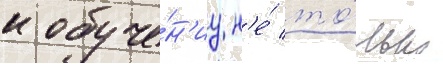
к обуче́н'иу н'е́ то́лько